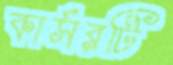
কার্সরটি